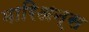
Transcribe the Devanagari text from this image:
मारिअन्स